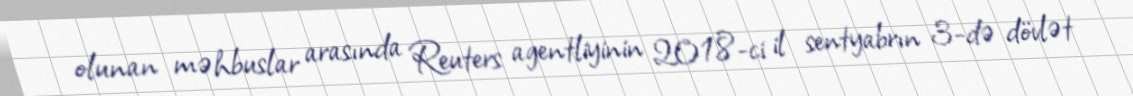
olunan məhbuslar arasında Reuters agentliyinin 2018-ci il sentyabrın 3-də dövlət